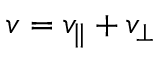
v = v _ { \parallel } + v _ { \perp }